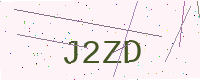
Text: J2ZD